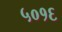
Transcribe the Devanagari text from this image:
५०१६